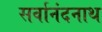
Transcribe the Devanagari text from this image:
सर्वानंदनाथ